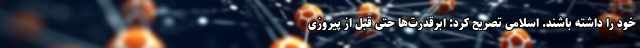
خود را داشته باشند. اسلامی تصریح کرد: ابرقدرت‌ها حتی قبل از پیروزی